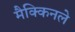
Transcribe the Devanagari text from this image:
मैक्किनले